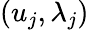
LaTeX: (u_{j},\lambda_{j})